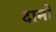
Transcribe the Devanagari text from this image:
दामौं